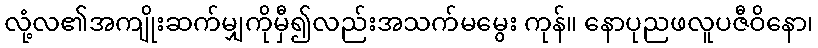
လုံ့လ၏အကျိုးဆက်မျှကိုမှီ၍လည်းအသက်မမွေး ကုန်။ နောပုညဖလူပဇီဝိနော၊